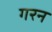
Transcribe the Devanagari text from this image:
गरन